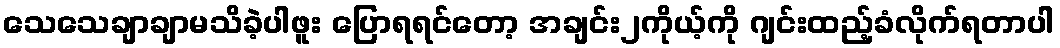
သေသေချာချာမသိခဲ့ပါဖူး ပြောရရင်တော့ အချင်း၂ကိုယ့်ကို ဂျင်းထည့်ခံလိုက်ရတာပါ